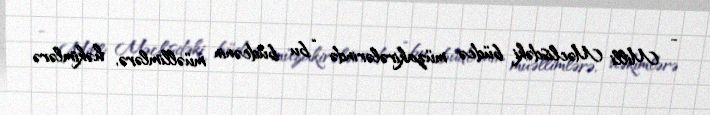
- Milli Məclisdəki büdcə müzakirələrində “bu büdcənin müəllimlərə, həkimlərə